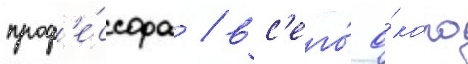
проф'е́ссора / вс'его́ о́коло